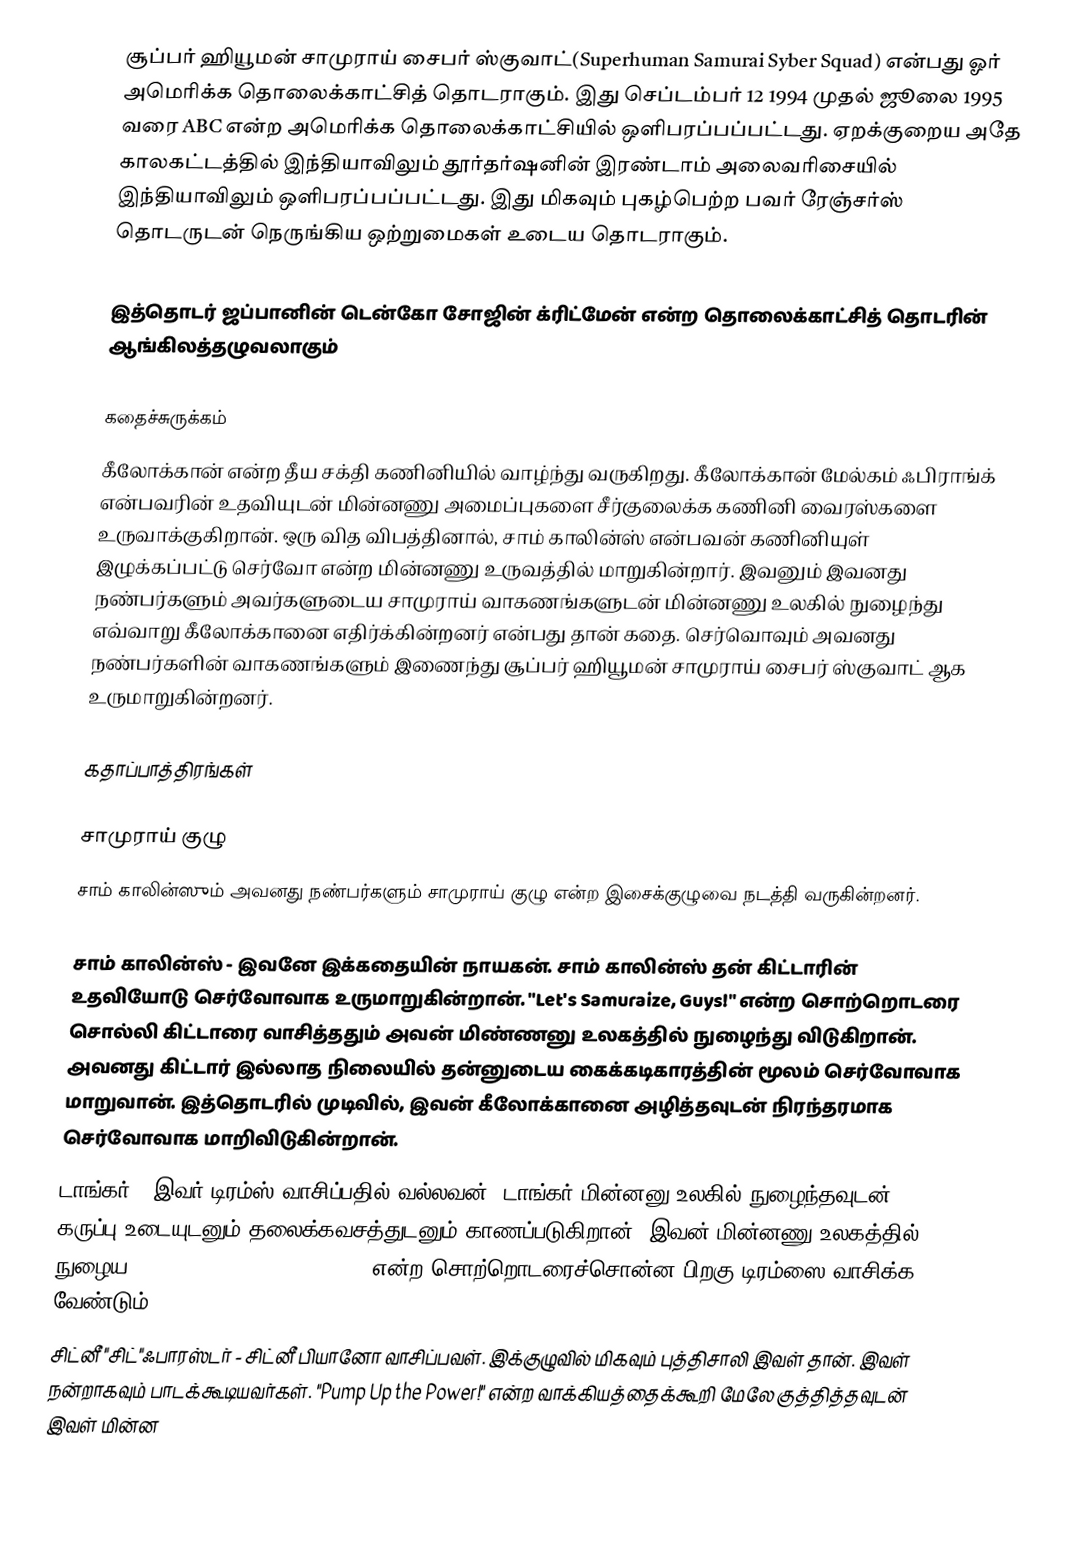
சூப்பர் ஹியூமன் சாமுராய் சைபர் ஸ்குவாட்(Superhuman Samurai Syber Squad) என்பது ஓர் அமெரிக்க தொலைக்காட்சித் தொடராகும். இது செப்டம்பர் 12 1994 முதல் ஜூலை 1995 வரை ABC என்ற அமெரிக்க தொலைக்காட்சியில் ஒளிபரப்பப்பட்டது. ஏறக்குறைய அதே காலகட்டத்தில் இந்தியாவிலும் தூர்தர்ஷனின் இரண்டாம் அலைவரிசையில் இந்தியாவிலும் ஒளிபரப்பப்பட்டது. இது மிகவும் புகழ்பெற்ற பவர் ரேஞ்சர்ஸ் தொடருடன் நெருங்கிய ஒற்றுமைகள் உடைய தொடராகும்.

இத்தொடர் ஜப்பானின் டென்கோ சோஜின் க்ரிட்மேன் என்ற தொலைக்காட்சித் தொடரின் ஆங்கிலத்தழுவலாகும்

கதைச்சுருக்கம்
கீலோக்கான் என்ற தீய சக்தி கணினியில் வாழ்ந்து வருகிறது. கீலோக்கான் மேல்கம் ஃபிராங்க் என்பவரின் உதவியுடன் மின்னணு அமைப்புகளை சீர்குலைக்க கணினி வைரஸ்களை உருவாக்குகிறான். ஒரு வித விபத்தினால், சாம் காலின்ஸ் என்பவன் கணினியுள் இழுக்கப்பட்டு செர்வோ என்ற மின்னணு உருவத்தில் மாறுகின்றார். இவனும் இவனது நண்பர்களும் அவர்களுடைய சாமுராய் வாகணங்களுடன் மின்னணு உலகில் நுழைந்து எவ்வாறு கீலோக்கானை எதிர்க்கின்றனர் என்பது தான் கதை. செர்வொவும் அவனது நண்பர்களின் வாகணங்களும் இணைந்து சூப்பர் ஹியூமன் சாமுராய் சைபர் ஸ்குவாட் ஆக உருமாறுகின்றனர்.

கதாப்பாத்திரங்கள்

சாமுராய் குழு
சாம் காலின்ஸும் அவனது நண்பர்களும் சாமுராய் குழு என்ற இசைக்குழுவை நடத்தி வருகின்றனர்.

 சாம் காலின்ஸ் - இவனே இக்கதையின் நாயகன். சாம் காலின்ஸ் தன் கிட்டாரின் உதவியோடு செர்வோவாக உருமாறுகின்றான். "Let's Samuraize, Guys!" என்ற சொற்றொடரை சொல்லி கிட்டாரை வாசித்ததும் அவன் மிண்ணனு உலகத்தில் நுழைந்து விடுகிறான். அவனது கிட்டார் இல்லாத நிலையில் தன்னுடைய கைக்கடிகாரத்தின் மூலம் செர்வோவாக மாறுவான். இத்தொடரில் முடிவில், இவன் கீலோக்கானை அழித்தவுடன் நிரந்தரமாக செர்வோவாக மாறிவிடுகின்றான்.
 டாங்கர் - இவர் டிரம்ஸ் வாசிப்பதில் வல்லவன். டாங்கர் மின்னனு உலகில் நுழைந்தவுடன் கருப்பு உடையுடனும் தலைக்கவசத்துடனும் காணப்படுகிறான். இவன் மின்னணு உலகத்தில் நுழைய "Let's Kick Some Giga-Butt!" என்ற சொற்றொடரைச்சொன்ன பிறகு டிரம்ஸை வாசிக்க வேண்டும்.
 சிட்னீ "சிட்"ஃபாரஸ்டர் - சிட்னீ பியானோ வாசிப்பவள். இக்குழுவில் மிகவும் புத்திசாலி இவள் தான். இவள் நன்றாகவும் பாடக்கூடியவர்கள். "Pump Up the Power!" என்ற வாக்கியத்தைக்கூறி மேலே குத்தித்தவுடன் இவள் மின்ன